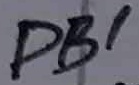
Text: PB1